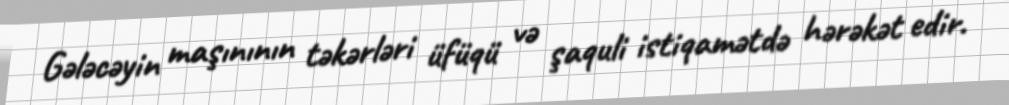
Gələcəyin maşınının təkərləri üfüqü və şaquli istiqamətdə hərəkət edir.